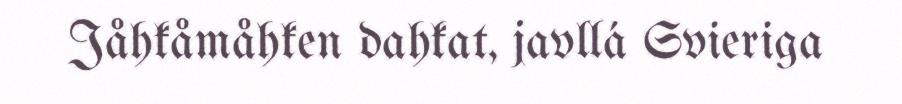
Jåhkåmåhken dahkat, javllá Svieriga